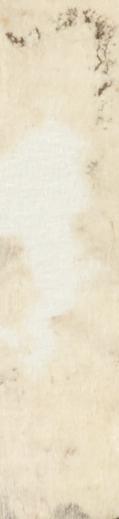
了